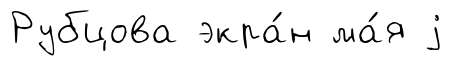
Рубцова экра́н ма́я j